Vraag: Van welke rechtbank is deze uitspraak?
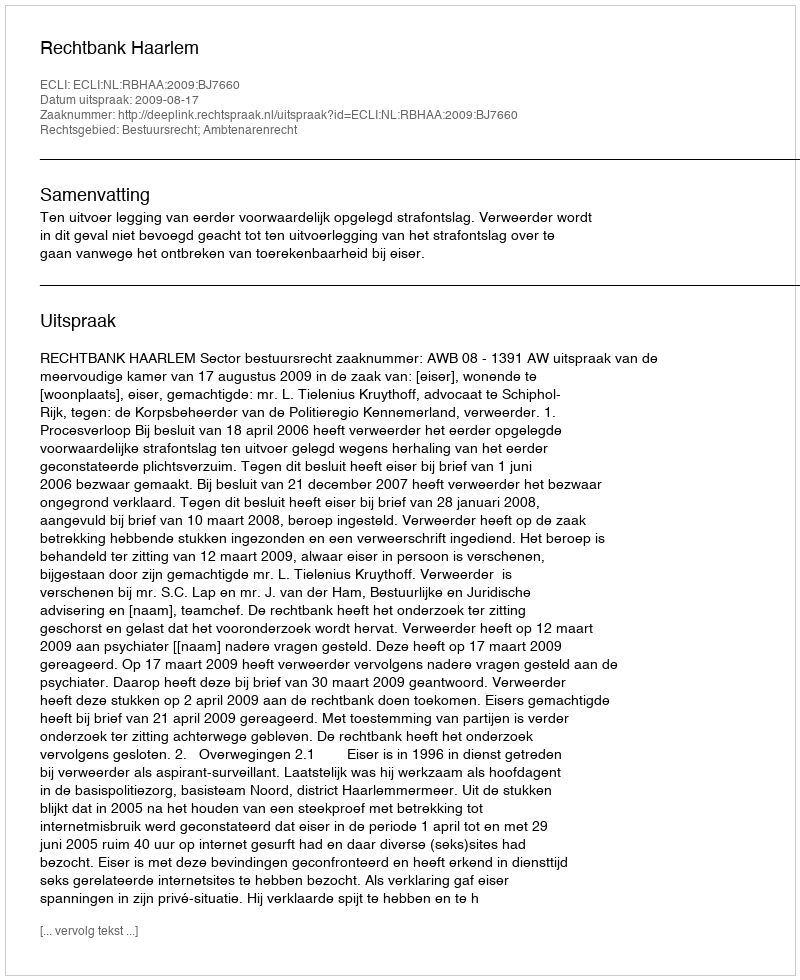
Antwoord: Rechtbank Haarlem